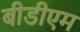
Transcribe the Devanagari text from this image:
बीडीएम